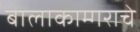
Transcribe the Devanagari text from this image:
बालाकाम्गराचे